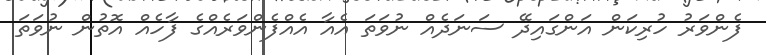
ފެންވަރު ހުރިކަން އަންގައިދޭ ސަނަދެއް ނުވަތަ އެއާ އެއްފެންވަރެއްގެ ފާހެއް އޮތުން ނުވަތަ